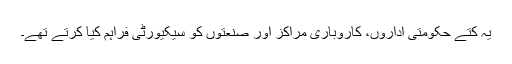
یہ کتے حکومتی اداروں، کاروباری مراکز اور صنعتوں کو سیکیورٹی فراہم کیا کرتے تھے۔